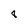
Character: 8